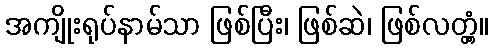
အကျိုးရုပ်နာမ်သာ ဖြစ်ပြီး၊ ဖြစ်ဆဲ၊ ဖြစ်လတ္တံ့။